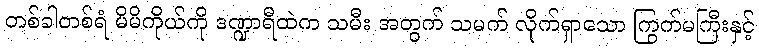
တစ်ခါတစ်ရံ မိမိကိုယ်ကို ဒဏ္ဍာရီထဲက သမီး အတွက် သမက် လိုက်ရှာသော ကြွက်မကြီးနှင့်